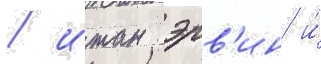
/ итан эрв'ин и́